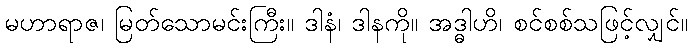
မဟာရာဇ၊ မြတ်သောမင်းကြီး။ ဒါနံ၊ ဒါနကို။ အဒ္ဓါဟိ၊ စင်စစ်သဖြင့်လျှင်။